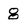
Character: 8